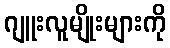
ဂျူးလူမျိုးများကို